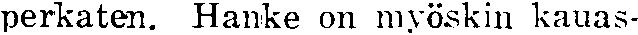
perkaten. Hanke on myöskin kauas-